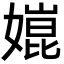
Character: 𡠰